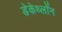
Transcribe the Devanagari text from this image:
डेकेथ्लॉन